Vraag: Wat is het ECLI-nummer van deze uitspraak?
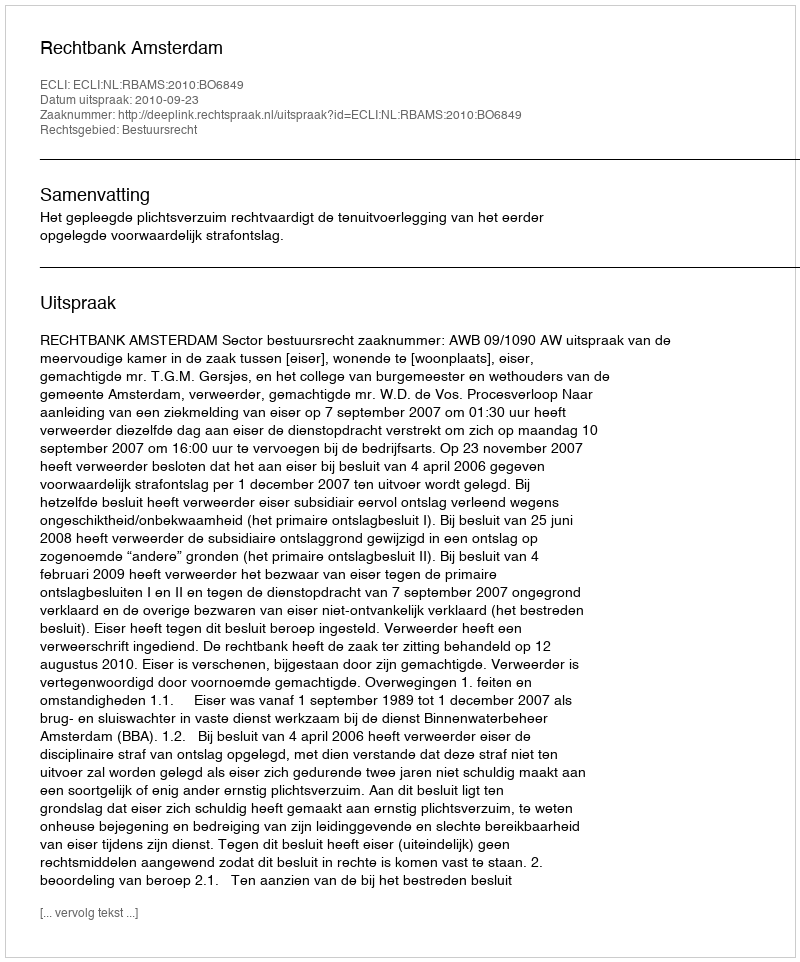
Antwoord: ECLI:NL:RBAMS:2010:BO6849